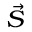
\scriptstyle { \vec { S } }